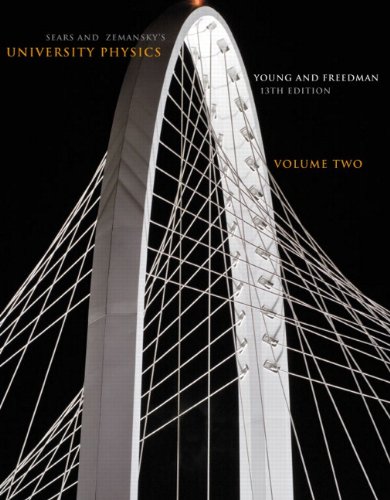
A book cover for Sears and Zemansky's University Physics, Vol. 2, 13th Edition; Hugh D. Young; Science & Math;